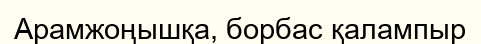
Арамжоңышқа, борбас қалампыр